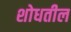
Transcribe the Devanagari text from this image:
शोधतील